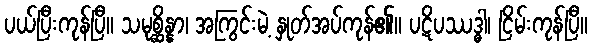
ပယ်ပြီးကုန်ပြီ။ သမုစ္ဆိန္နာ၊ အကြွင်းမဲ့ နှုတ်အပ်ကုန်၏။ ပဋိပဿဒ္ဓါ၊ ငြိမ်းကုန်ပြီ။